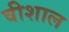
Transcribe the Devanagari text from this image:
वीशाल